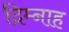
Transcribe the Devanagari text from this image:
दिम्नाह